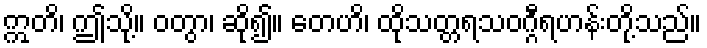
ဣတိ၊ ဤသို့။ ဝတွာ၊ ဆို၍။ တေဟိ၊ ထိုသတ္တရသဝဂ္ဂီရဟန်းတို့သည်။